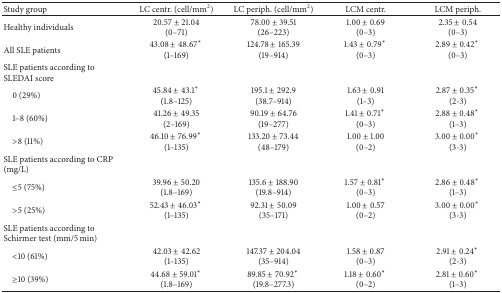
<table><thead><tr><td><b>Study group</b></td><td><b>LC centr. (cell/mm<sup>2</sup>)</b></td><td><b>LC periph. (cell/mm<sup>2</sup>)</b></td><td><b>LCM centr.</b></td><td><b>LCM periph.</b></td></tr></thead><tbody><tr><td>Healthy individuals</td><td>20.57 ± 21.04(0–71)</td><td>78.00 ± 39.51(26–223)</td><td>1.00 ± 0.69(0–3)</td><td>2.35 ± 0.54(0–3)</td></tr><tr><td>All SLE patients</td><td>43.08 ± 48.67<sup>*</sup> (1–169)</td><td>124.78 ± 165.39(19–914)</td><td>1.43 ± 0.79<sup>*</sup> (0–3)</td><td>2.89 ± 0.42<sup>*</sup> (0–3)</td></tr><tr><td>SLE patients according to SLEDAI score</td><td> </td><td> </td><td> </td><td> </td></tr><tr><td> 0 (29%)</td><td>45.84 ± 43.1<sup>*</sup> (1.8–125)</td><td>195.1 ± 292.9(38.7–914)</td><td>1.63 ± 0.91(1–3)</td><td>2.87 ± 0.35<sup>*</sup> (2-3)</td></tr><tr><td> 1–8 (60%)</td><td>41.26 ± 49.35 (2–169)</td><td>90.19 ± 64.76(19–277)</td><td>1.41 ± 0.71<sup>*</sup> (0–3)</td><td>2.88 ± 0.48<sup>*</sup> (1–3)</td></tr><tr><td> &gt;8 (11%)</td><td>46.10 ± 76.99<sup>*</sup> (1–135)</td><td>133.20 ± 73.44(48–179)</td><td>1.00 ± 1.00(0–2)</td><td>3.00 ± 0.00<sup>*</sup> (3-3)</td></tr><tr><td>SLE patients according to CRP (mg/L)</td><td> </td><td> </td><td> </td><td> </td></tr><tr><td> ≤5 (75%)</td><td>39.96 ± 50.20(1.8–169)</td><td>135.6 ± 188.90(19.8–914)</td><td>1.57 ± 0.81<sup>*</sup> (0–3)</td><td>2.86 ± 0.48<sup>*</sup> (1–3)</td></tr><tr><td> &gt;5 (25%)</td><td>52.43 ± 46.03<sup>*</sup> (1–135)</td><td>92.31 ± 50.09(35–171)</td><td>1.00 ± 0.57(0–2)</td><td>3.00 ± 0.00<sup>*</sup> (3-3)</td></tr><tr><td>SLE patients according to Schirmer test (mm/5 min)</td><td> </td><td> </td><td> </td><td> </td></tr><tr><td> &lt;10 (61%)</td><td>42.03 ± 42.62(1–135)</td><td>147.37 ± 204.04(35–914)</td><td>1.58 ± 0.87(0–3)</td><td>2.91 ± 0.24<sup>*</sup> (2-3)</td></tr><tr><td> ≥10 (39%)</td><td>44.68 ± 59.01<sup>*</sup> (1.8–169)</td><td>89.85 ± 70.92<sup>*</sup> (19.8–277.3)</td><td>1.18 ± 0.60<sup>*</sup> (0–2)</td><td>2.81 ± 0.60<sup>*</sup> (1–3)</td></tr></tbody></table>